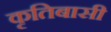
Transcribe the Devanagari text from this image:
कृतिबासी